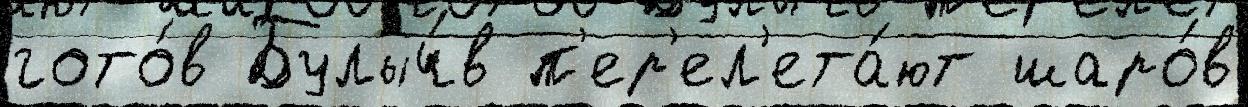
гото́в Булыч́в п'ер'ел'ета́ют шаро́в